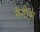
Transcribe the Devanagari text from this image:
मैनीश